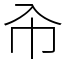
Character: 㠳